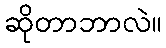
ဆိုတာဘာလဲ။